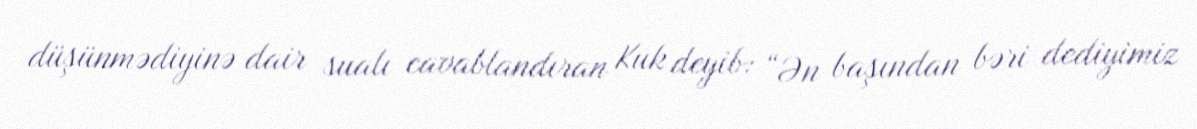
düşünmədiyinə dair sualı cavablandıran Kuk deyib: “Ən başından bəri dediyimiz